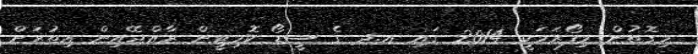
މިގޮތުން މިފޯރަމަކީ 2014 ގައި އ.ދ ގެ ސީޑޯ ކޮމިޓީން ރާއްޖޭއިން އިތުރަށް